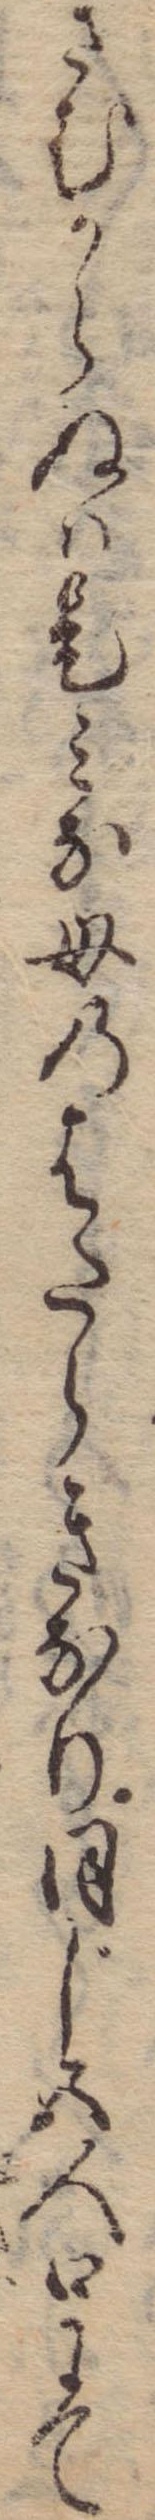
さむからぬは是みな母のはたらきなり同じ五人口にて